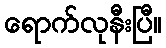
ရောက်လုနီးပြီ။